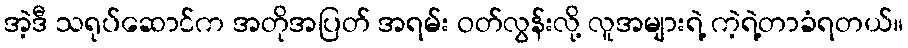
အဲ့ဒီ သရုပ်ဆောင်က အတိုအပြတ် အရမ်း ဝတ်လွန်းလို့ လူအများရဲ့ ကဲ့ရဲ့တာခံရတယ်။